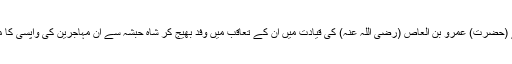
اور قریش نے (حضرت) عمرو بن العاص (رضی اللہ عنہ) کی قیادت میں ان کے تعاقب میں وفد بھیج کر شاہِ حبشہ سے ان مہاجرین کی واپسی کا مطالبہ کیا تھا۔